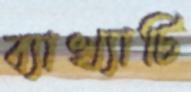
ব্যাখ্যাটি